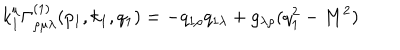
k _ { 1 } ^ { \mu } \Gamma _ { \rho \mu \lambda } ^ { ( 1 ) } ( p _ { 1 } , k _ { 1 } , q _ { 1 } ) = - q _ { 1 \rho } q _ { 1 \lambda } + g _ { \lambda \rho } ( q _ { 1 } ^ { 2 } - M ^ { 2 } )